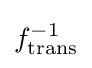
f_{\text{trans}}^{-1}